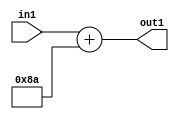
`timescale 1ps / 1ps
/*****************************************************************************
    Verilog RTL Description
    
    
    Created by: Stratus DpOpt 2019.1.01 
*******************************************************************************/

module DC_Filter_Add_12U_253_4 (
	in1,
	out1
	); /* architecture "behavioural" */ 
input [11:0] in1;
output [11:0] out1;
wire [11:0] asc001;

assign asc001 = 
	+(in1)
	+(12'B000010001010);

assign out1 = asc001;
endmodule

/* CADENCE  urn0TQ0= : u9/ySgnWtBlWxVPRXgAZ4Og= ** DO NOT EDIT THIS LINE ******/